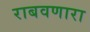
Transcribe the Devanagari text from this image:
राबवणारा